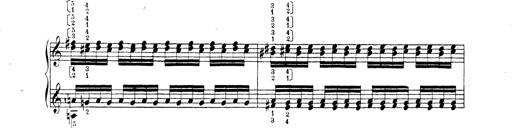
Title: Technische Studien
Composer: Franz Liszt